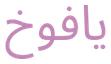
يافوخ